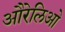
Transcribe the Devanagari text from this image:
औरेलिओ